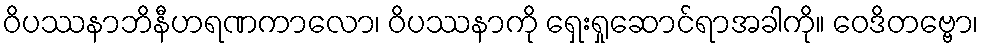
ဝိပဿနာဘိနီဟရဏကာလော၊ ဝိပဿနာကို ရှေးရှုဆောင်ရာအခါကို။ ဝေဒိတဗ္ဗော၊